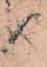
り